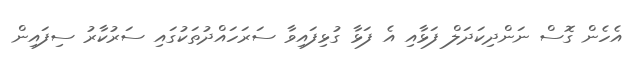
އެހެން ގޮސް ނަންދިކަދަލް ފަޅާއި އެ ފަޅާ ގުޅިފައިވާ ސަރަހައްދުތަކުގައި ސަރުކާރު ސިފައިން